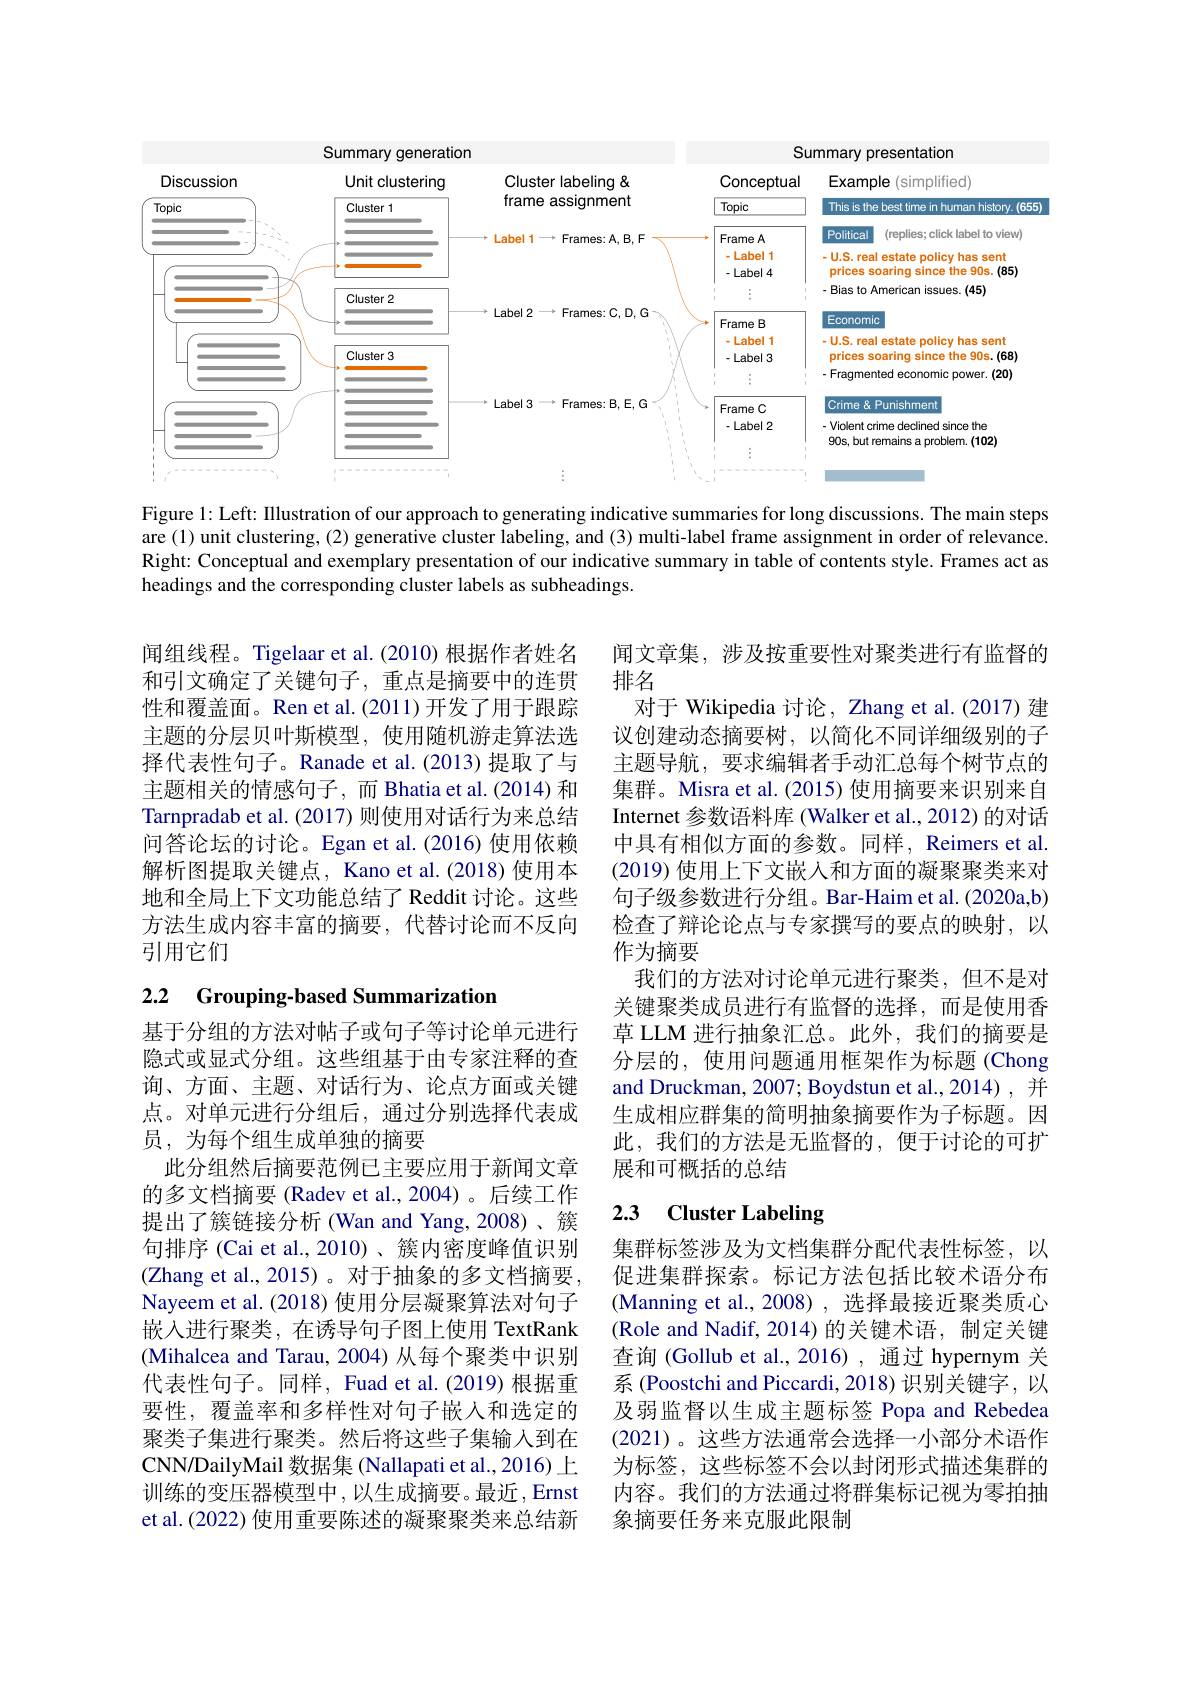
<FigureHere>

Figure 1: Left: Illustration of our approach to generating indicative summaries for long discussions. The main steps are (1) unit clustering, (2) generative cluster labeling, and (3) multi-label frame assignment in order of relevance. Right: Conceptual and exemplary presentation of our indicative summary in table of contents style. Frames act as headings and the corresponding cluster labels as subheadings.

闻组线程。Tigelaar et al.(2010) 根据作者姓名和引文确定了关键句子，重点是摘要中的连贯性和覆盖面。Ren et al.(2011)开发了用于跟踪主题的分层贝叶斯模型，使用随机游走算法选择代表性句子。Ranade et al.(2013) 提取了与主题相关的情感句子，而 Bhatia et al.(2014) 和Tarnpradab et al.(2017)则使用对话行为来总结问答论坛的讨论。Egan et al.(2016) 使用依赖解析图提取关键点，Kano et al.(2018) 使用本地和全局上下文功能总结了 Reddit 讨论。这些方法生成内容丰富的摘要，代替讨论而不反向引用它们

闻文章集，涉及按重要性对聚类进行有监督的
排名
对于 Wikipedia 讨论，Zhang et al.(2017) 建议创建动态摘要树，以简化不同详细级别的子主题导航，要求编辑者手动汇总每个树节点的集群。Misra et al.(2015) 使用摘要来识别来自Internet 参数语料库 (Walker et al., 2012) 的对话中具有相似方面的参数。同样，Reimers et al. (2019) 使用上下文嵌人和方面的凝聚聚类来对句子级参数进行分组。Bar-Haim et al. (2020a,b) 检查了辩论论点与专家撰写的要点的映射，以作为摘要
我们的方法对讨论单元进行聚类，但不是对关键聚类成员进行有监督的选择，而是使用香草 LLM 进行抽象汇总。此外，我们的摘要是分层的，使用问题通用框架作为标题 (Chong and Druckman, 2007; Boydstun et al.,2014), 并生成相应群集的简明抽象摘要作为子标题。因此，我们的方法是无监督的，便于讨论的可扩展和可概括的总结

# 2.2 Grouping-based Summarization

### 2.3 Cluster Labeling

基于分组的方法对帖子或句子等讨论单元进行隐式或显式分组。这些组基于由专家注释的查询、方面、主题、对话行为、论点方面或关键点。对单元进行分组后，通过分别选择代表成员，为每个组生成单独的摘要
此分组然后摘要范例已主要应用于新闻文章的多文档摘要 (Radev et al.,2004)。后续工作提出了簇链接分析 (Wan and Yang,2008)、簇句排序 (Cai et al.,2010)、簇内密度峰值识别(Zhang et al.,2015)。对于抽象的多文档摘要， Nayeem et al. (2018) 使用分层凝聚算法对句子嵌入进行聚类，在诱导句子图上使用 TextRank (Mihalcea and Tarau, 2004) 从每个聚类中识别代表性句子。同样，Fuad et al.(2019) 根据重要性，覆盖率和多样性对句子嵌人和选定的聚类子集进行聚类。然后将这些子集输入到在CNN/DailyMail 数据集 (Nallapati et al.,2016) 上训练的变压器模型中，以生成摘要。最近，Ernst et al.(2022) 使用重要陈述的凝聚聚类来总结新

集群标签涉及为文档集群分配代表性标签，以促进集群探索。标记方法包括比较术语分布(Manning et al.,2008), 选择最接近聚类质心(Role and Nadif,2014)的关键术语，制定关键查询 (Gollub et al.,2016),通过 hypernym 关系 (Poostchi and Piccardi, 2018) 识别关键字，以及弱监督以生成主题标签 Popa and Rebedea (2021)。这些方法通常会选择一小部分术语作为标签，这些标签不会以封闭形式描述集群的内容。我们的方法通过将群集标记视为零拍抽象摘要任务来克服此限制